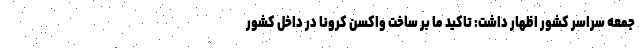
جمعه سراسر کشور اظهار داشت: تاکید ما بر ساخت واکسن کرونا در داخل کشور